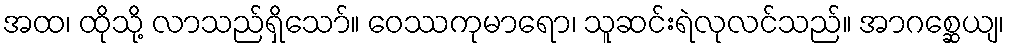
အထ၊ ထိုသို့ လာသည်ရှိသော်။ ဝေဿကုမာရော၊ သူဆင်းရဲလုလင်သည်။ အာဂစ္ဆေယျ၊